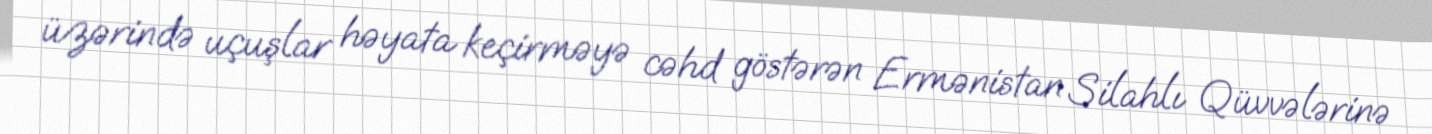
üzərində uçuşlar həyata keçirməyə cəhd göstərən Ermənistan Silahlı Qüvvələrinə